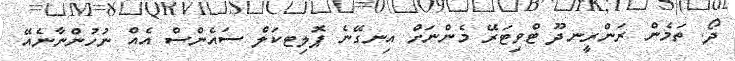
ދޯ. ތަމެން ރަންރީނދޫ ޓްވިޓަރޭ މެންނަށް އިނގޭނެ ޕޮލިޓކަލް ސައެންސް އެއް ނުހުންނާނެއޭ